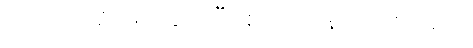
ကောက်ရိုးဖျာ ခင်းပြီး စပါးလှန်းထားသည်။